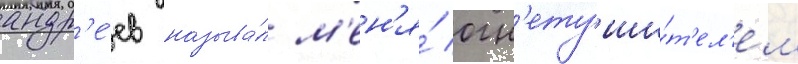
андр'е́ев называ́л м'ен'я́ огн'етуши́т'ел'ем